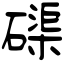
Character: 磲